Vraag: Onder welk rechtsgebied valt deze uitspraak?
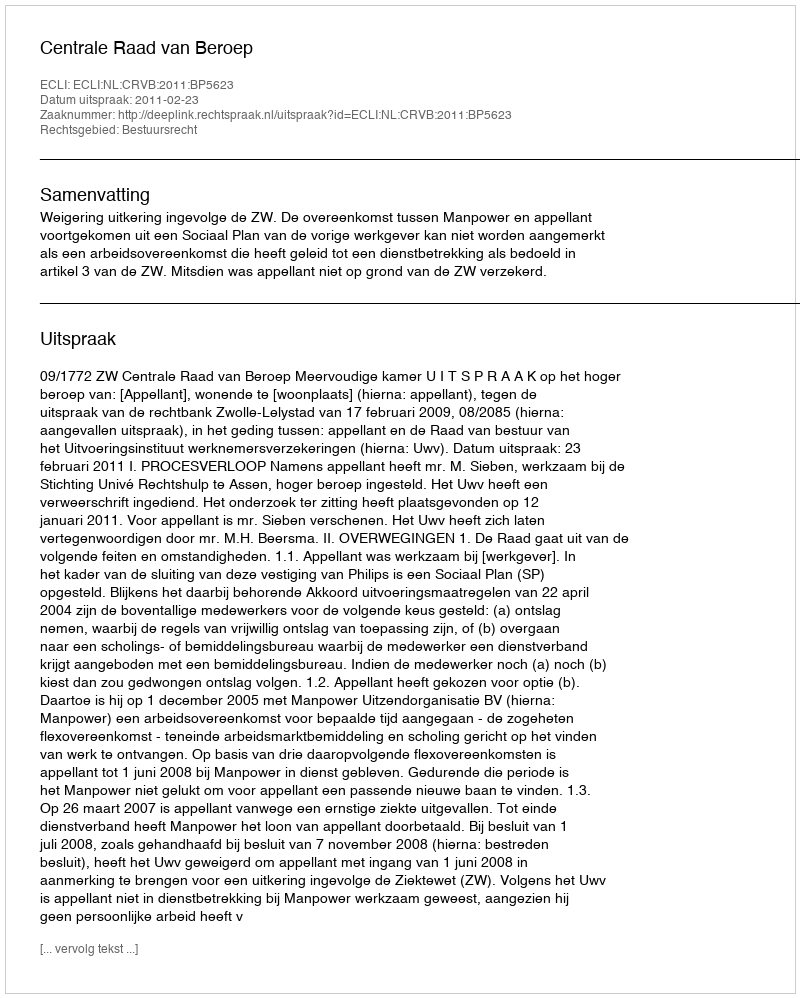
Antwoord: Bestuursrecht